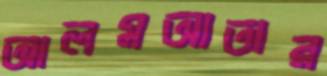
আলমআতার